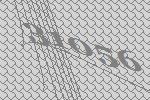
31056